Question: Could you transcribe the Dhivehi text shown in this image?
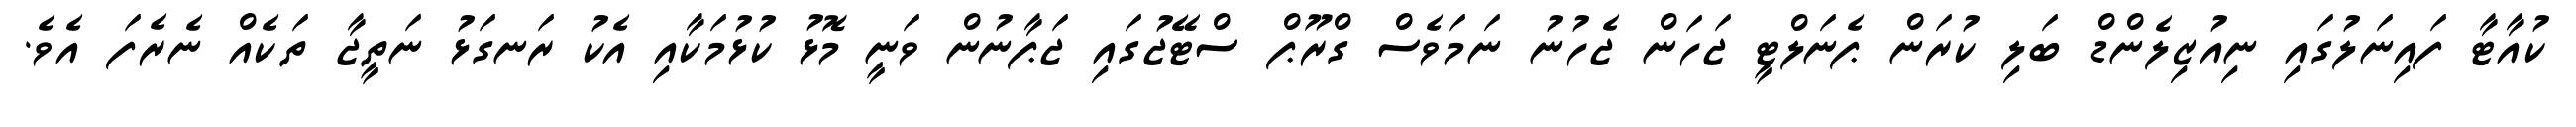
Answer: ކުއާޓާ ފައިނަލުގައި ނިއުޒިލެންޑް ބަލި ކުރަން ޕެނަލްޓީ ޖަހަން ޖެހުނު ނަމަވެސް ގްރޫޕް ސްޓޭޖުގައި ޖަޕާނުން ވަނީ މޮޅު ކުޅުމަކާއި އެކު ރަނގަޅު ނަތީޖާ ތަކެއް ނެރެފަ އެވެ.